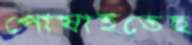
পোষাইতেছ